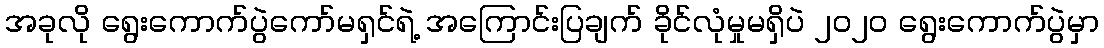
အခုလို ရွေးကောက်ပွဲကော်မရှင်ရဲ့ အကြောင်းပြချက် ခိုင်လုံမှုမရှိပဲ ၂၀၂၀ ရွေးကောက်ပွဲမှာ